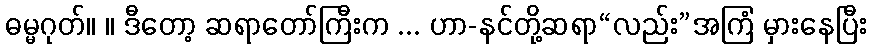
ဓမ္မဂုတ်။ ။ ဒီတော့ ဆရာတော်ကြီးက ... ဟာ-နင်တို့ဆရာ“လည်း”အကြံ မှားနေပြီး